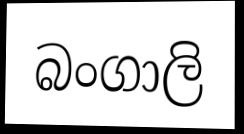
බංගාලි